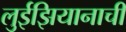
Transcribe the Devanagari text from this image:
लुईझियानाची